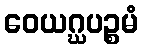
ဝေယဂ္ဃပဉ္စမံ